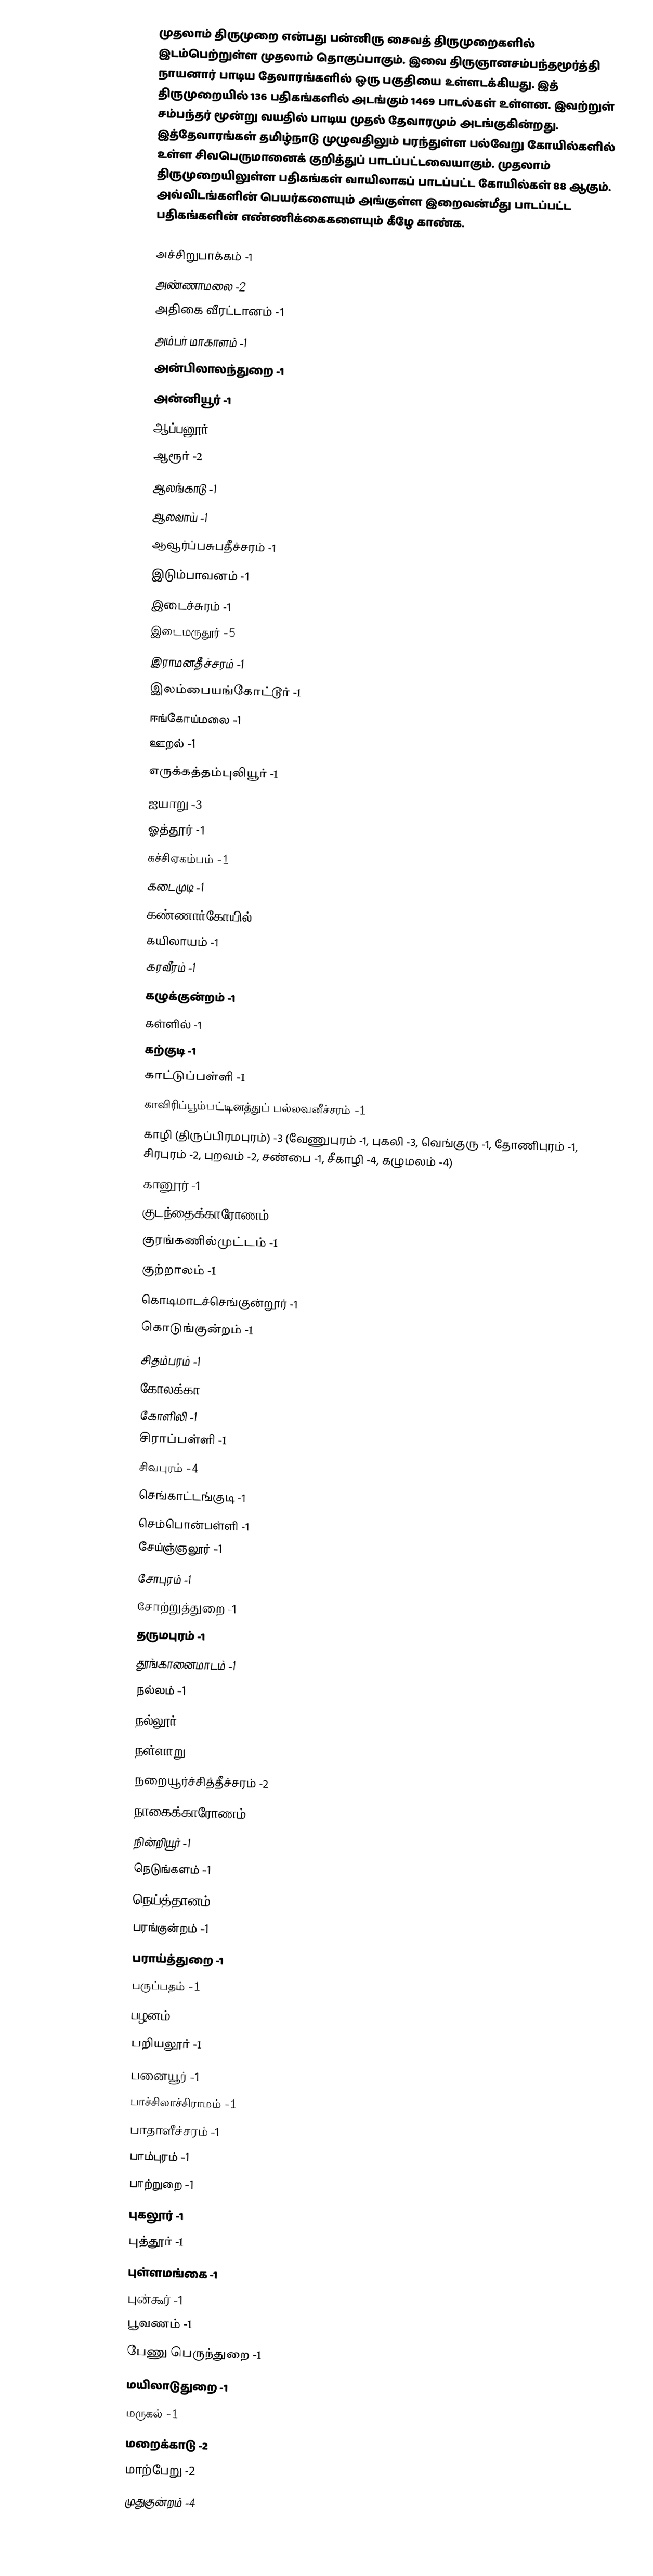
முதலாம் திருமுறை என்பது பன்னிரு சைவத் திருமுறைகளில் இடம்பெற்றுள்ள முதலாம் தொகுப்பாகும். இவை திருஞானசம்பந்தமூர்த்தி நாயனார் பாடிய தேவாரங்களில் ஒரு பகுதியை உள்ளடக்கியது. இத் திருமுறையில் 136 பதிகங்களில் அடங்கும் 1469 பாடல்கள் உள்ளன. இவற்றுள் சம்பந்தர் மூன்று வயதில் பாடிய முதல் தேவாரமும் அடங்குகின்றது. இத்தேவாரங்கள் தமிழ்நாடு முழுவதிலும் பரந்துள்ள பல்வேறு கோயில்களில் உள்ள சிவபெருமானைக் குறித்துப் பாடப்பட்டவையாகும். முதலாம் திருமுறையிலுள்ள பதிகங்கள் வாயிலாகப் பாடப்பட்ட கோயில்கள் 88 ஆகும். அவ்விடங்களின் பெயர்களையும் அங்குள்ள இறைவன்மீது பாடப்பட்ட பதிகங்களின் எண்ணிக்கைகளையும் கீழே காண்க.

 அச்சிறுபாக்கம் -1
 அண்ணாமலை -2
 அதிகை வீரட்டானம் -1
 அம்பர் மாகாளம் -1
 அன்பிலாலந்துறை -1
 அன்னியூர் -1
 ஆப்பனூர் -1
 ஆரூர் -2
 ஆலங்காடு -1
 ஆலவாய் -1
 ஆவூர்ப்பசுபதீச்சரம் -1
 இடும்பாவனம் -1
 இடைச்சுரம் -1
 இடைமருதூர் -5
 இராமனதீச்சரம் -1
 இலம்பையங்கோட்டூர் -1
 ஈங்கோய்மலை -1
 ஊறல் -1
 எருக்கத்தம்புலியூர் -1
 ஐயாறு -3
 ஓத்தூர் -1
 கச்சிஏகம்பம் -1
 கடைமுடி -1
 கண்ணார்கோயில் -1
 கயிலாயம் -1
 கரவீரம் -1
 கழுக்குன்றம் -1
 கள்ளில் -1
 கற்குடி -1
 காட்டுப்பள்ளி -1
 காவிரிப்பூம்பட்டினத்துப் பல்லவனீச்சரம் -1
 காழி (திருப்பிரமபுரம்) -3 (வேணுபுரம் -1, புகலி -3, வெங்குரு -1, தோணிபுரம் -1, சிரபுரம் -2, புறவம் -2, சண்பை -1, சீகாழி -4, கழுமலம் -4)
 கானூர் -1
 குடந்தைக்காரோணம் -1
 குரங்கணில்முட்டம் -1
 குற்றாலம் -1
 கொடிமாடச்செங்குன்றூர் -1
 கொடுங்குன்றம் -1
 சிதம்பரம் -1
 கோலக்கா -1
 கோளிலி -1
 சிராப்பள்ளி -1
 சிவபுரம் -4
 செங்காட்டங்குடி -1
 செம்பொன்பள்ளி -1
 சேய்ஞ்ஞலூர் -1
 சோபுரம் -1
 சோற்றுத்துறை -1
 தருமபுரம் -1
 தூங்கானைமாடம் -1
 நல்லம் -1
 நல்லூர் -1
 நள்ளாறு -2
 நறையூர்ச்சித்தீச்சரம் -2
 நாகைக்காரோணம் -1
 நின்றியூர் -1
 நெடுங்களம் -1
 நெய்த்தானம் -1
 பரங்குன்றம் -1
 பராய்த்துறை -1
 பருப்பதம் -1
 பழனம் -1
 பறியலூர் -1
 பனையூர் -1
 பாச்சிலாச்சிராமம் -1
 பாதாளீச்சரம் -1
 பாம்புரம் -1
 பாற்றுறை -1
 புகலூர் -1
 புத்தூர் -1
 புள்ளமங்கை -1
 புன்கூர் -1
 பூவணம் -1
 பேணு பெருந்துறை -1
 மயிலாடுதுறை -1
 மருகல் -1
 மறைக்காடு -2
 மாற்பேறு -2
 முதுகுன்றம் -4